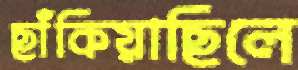
ছাঁকিয়াছিলে